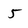
Character: 5